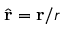
\hat { \bf r } = { \bf r } / r